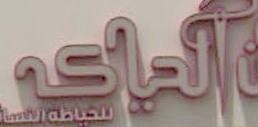
الراعي